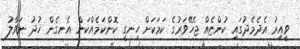
ވީއިރު އެދެމެދުގައި ކުންޏެއް ޖެހޭވަރުގެ ކަމަކަށް ހިނގީ ކޮންކަމެއްކަން އެނގެން ޚުދު ނަވާލު